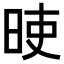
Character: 𣆘